Leaving Certificate Examination (including Day School Certificate (Higher) General paper), 1926
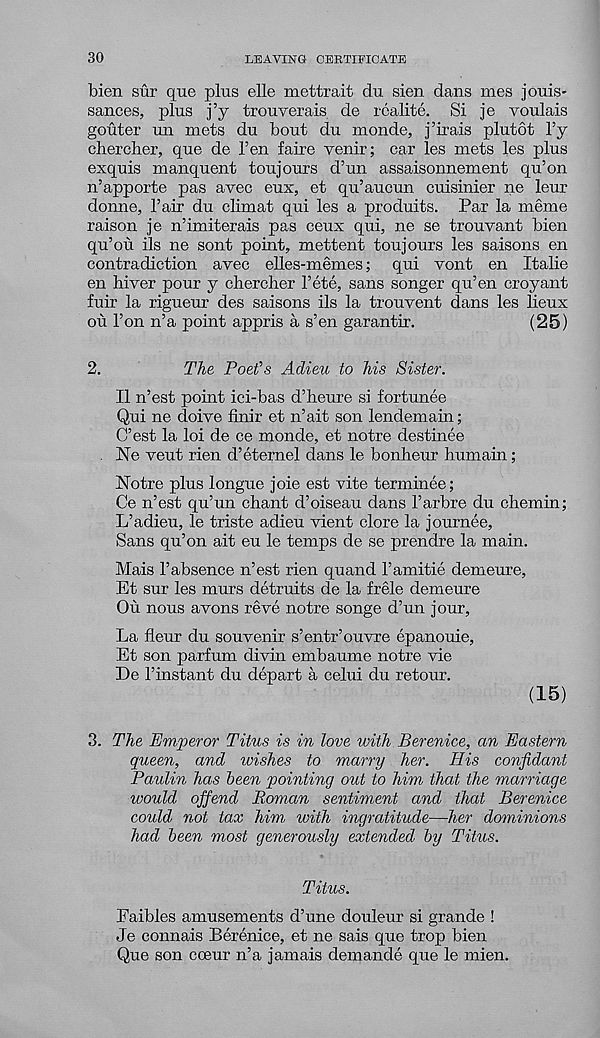
30
LEAVING CERTIFICATE
bien sur que plus elle mettrait du sien dans mes jouis-
sances, plus j’y trouverais de rcalite. Si je voulais
gouter un mets du bout du monde, j’irais plutot l’y
chercber, que de Ten faire venir; car les mets les plus
exquis manquent toujours d’un assaisonnement qu’on
n’apporte pas avec eux, et qu’aucun cuisinier ne leur
donne, Fair du climat qui les a produits. Par la meme
raison je n’imiterais pas ceux qui, ne se trouvant bien
qu’ou ils ne sont point, mettent tou jours les saisons en
contradiction avec elles-memes; qui vont en Italic
en biver pour y chercher Fete, sans songer qu’en croyant
fuir la rigueur des saisons ils la trouvent dans les lieux
ou Fon n’a point appris a s’en garantir.
(25)
2.
The Poet’s Adieu to his Sister.
II n’est point ici-bas d’heure si fortunee
Qui ne doive finir et n’ait son lendemain;
C’est la loi de ce monde, et notre destinee
Ne veut rien d’eternel dans le bonheur humain;
Notre plus longue joie est vite terminee;
Ce n’est qu’un chant d’oiseau dans Farbre du chemin;
L’adieu, le triste adieu vient clore la journee,
Sans qu’on ait eu le temps de se prendre la main.
Mais Fabsence n’est rien quand Famitie demeure,
Et sur les murs detruits de la frele demeure
Ou nous avons reve notre songe d’un jour,
La fleur du souvenir s’entr’ouvre epanouie,
Et son parfum divin embaume notre vie
De Finstant du depart a celui du retour.
(15)
3. The Emperor Titus is in love with Berenice, an Eastern
queen, and wishes to marry her. His confidant
Paulin has been pointing out to him that the marriage
would offend Roman sentiment and that Berenice
could not tax him luith ingratitude—her dominions
had been most generously extended by Titus.
Titus.
Eaibles amusements d’une douleur si grande !
Je connais Berenice, et ne sais que trop bien
Que son coeur n’a jamais demande que le mien.